Calcutta medical institutions reports 1879-81 [i.e.91]
Year: 1879
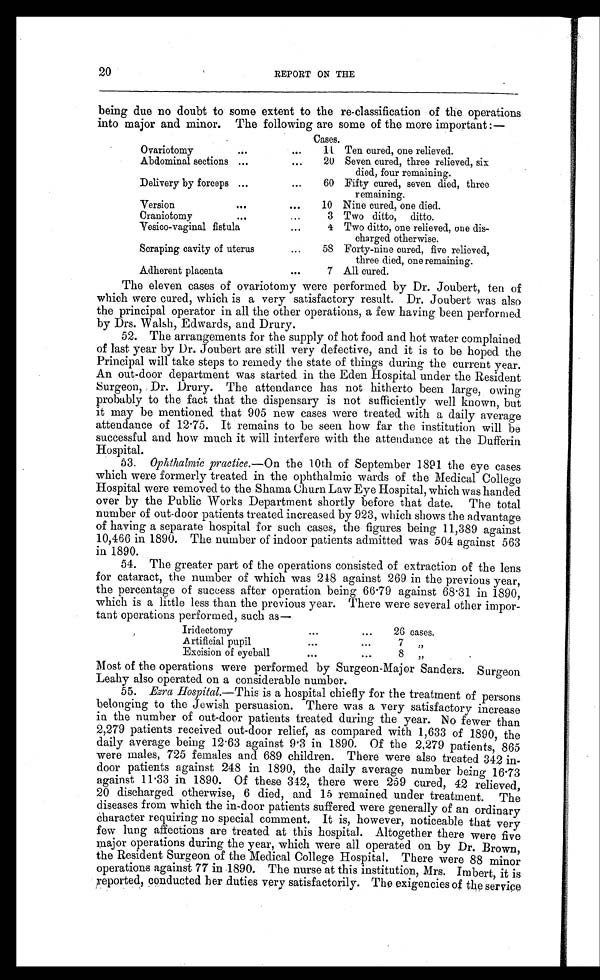
20
REPORT ON THE
being due no doubt to some extent to the re-classification of the operations
into major and minor. The following are some of the more important:—
Cases.
Ovariotomy
...
... 11 Ten cured, one relieved.
Abdominal sections ...
. . .
20 Seven cured, three relieved, six
died, four remaining.
Delivery by forceps ...
. . .
60 Fifty cured, seven died, three
remaining.
Version
...
. . .
10 Nine cured, one died.
Craniotomy
. . .
...
3 Two ditto, ditto.
Vesico-vaginal fistula
...
4 Two ditto, one relieved, one dis-
charged otherwise.
Scraping cavity of uterus
... 58 Forty-nine cured, five relieved,
three died, one remaining.
Adherent placenta
...
7 All cured.
The eleven cases of ovariotomy were performed by Dr. Joubert, ten of
which were cured, which is a very satisfactory result. Dr. Joubert was also
the principal operator in all the other operations, a few having been performed
by Drs. Walsh, Edwards, and Drury.
52. The arrangements for the supply of hot food and hot water complained
of last year by Dr. Joubert are still very defective, and it is to be hoped the
Principal will take steps to remedy the state of things during the current year.
An out-door department was started in the Eden Hospital under the Resident
Surgeon, Dr. Drury. The attendance has not hitherto been large, owing
probably to the fact that the dispensary is not sufficiently well known, but
it may be mentioned that 905 new cases were treated with a daily average
attendance of 12.75. It remains to be seen how far the institution will be
successful and how much it will interfere with the attendance at the Dufferin
Hospital.
53. Ophthalmic practice. —On the 10th of September 1891 the eye cases
which were formerly treated in the ophthalmic wards of the Medical College
Hospital were removed to the Shama Churn Law Eye Hospital, which was handed
over by the Public Works Department shortly before that date. The total
number of out-door patients treated increased by 923, which shows the advantage
of having a separate hospital for such cases, the figures being 11,389 against
10,466 in 1890. The number of indoor patients admitted was 504 against 563
in 1890.
54. The greater part of the operations consisted of extraction of the lens
for cataract, the number of which was 248 against 269 in the previous year,
the percentage of success after operation being 66.79 against 68.81 in 1890,
which is a little less than the previous year. There were several other impor-
tant operations performed, such as
—
Iridectomy
...
. . .
26 cases.
Artificial pupil
...
...
7 "
Excision of eyeball
...
. . .
8 "
Most of the operations were performed by Surgeon-Major Sanders. Surgeon
Leahy also operated on a considerable number.
55. Ezra Hospital. —This is a hospital chiefly for the treatment of persons
belonging to the Jewish persuasion. There was a very satisfactory increase
in the number of out-door patients treated during the year. No fewer than
2,279 patients received out-door relief, as compared with 1,633 of 1890, the
daily average being 12.63 against 9.3 in 1890. Of the 2,279 patients, 865
were males, 725 females and 689 children. There were also treated 342 in
-
door patients against 248 in 1890, the daily average number being 16.73
against 11.33 in 1890. Of these 342, there were 259 cured, 42 relieved,
20 discharged otherwise, 6 died, and 15 remained under treatment. The
diseases from which the in-door patients suffered were generally of an ordinary
character requiring no special comment. It is, however, noticeable that very
few lung affections are treated at this hospital. Altogether there were five
major operations during the year, which were all operated on by Dr. Brown,
the Resident Surgeon of the Medical College Hospital. There were 88 minor
operations against 77 in 1890. The nurse at this institution, Mrs. Imbert, it is
reported, conducted her duties very satisfactorily. The exigencies of the service